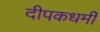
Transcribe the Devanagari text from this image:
दीपकधर्मी